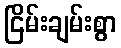
ငြိမ်းချမ်းစွာ